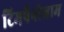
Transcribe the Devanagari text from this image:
टिमपैनोग्राम